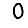
Digit: 0